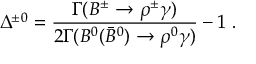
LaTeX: \Delta ^ { \pm 0 } = \frac { \Gamma ( B ^ { \pm } \to \rho ^ { \pm } \gamma ) } { 2 \Gamma ( B ^ { 0 } ( \bar { B } ^ { 0 } ) \to \rho ^ { 0 } \gamma ) } - 1 ~ .